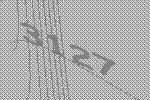
3127